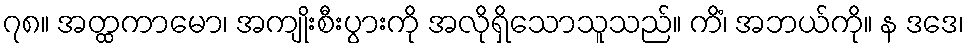
၇၈။ အတ္ထကာမော၊ အကျိုးစီးပွားကို အလိုရှိသောသူသည်။ ကိံ၊ အဘယ်ကို။ န ဒဒေ၊